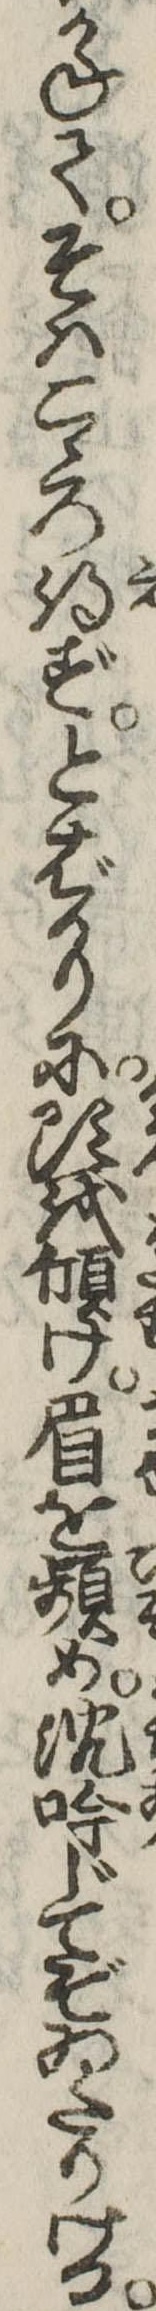
かねてそはこゝろ得ずとばかりに頭を傾け眉を頻め沈吟じてぞゐたりける